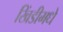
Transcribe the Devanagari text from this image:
खिंडीमधे